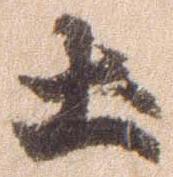
土